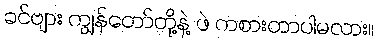
ခင်ဗျား ကျွန်တော်တို့နဲ့ ဖဲ ကစားတာပါမလား။